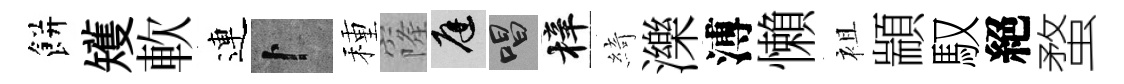
餅矱軟連卜種窿庭唱梓綺濼溥懶袓顓馭絕蝥